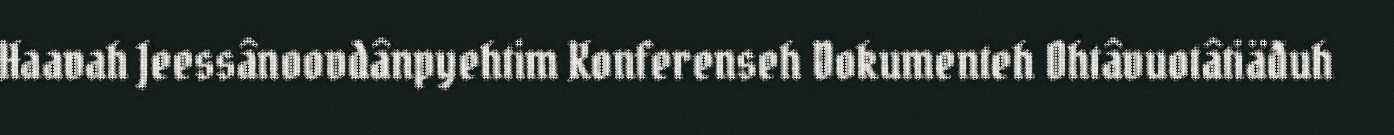
Haavah Jeessânoovdânpyehtim Konferenseh Dokumenteh Ohtâvuotâtiäđuh